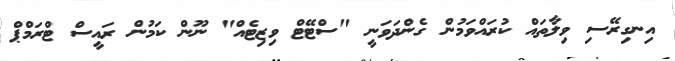
އިނގިރޭސި ވިލާތައް ކުރައްވަމުން ގެންދަވަނީ "ސްޓޭޓް ވިޒިޓެއް" ނޫން ކަމުން ރައީސް ޓްރަމްޕް